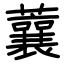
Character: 蘘